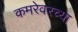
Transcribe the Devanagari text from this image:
कमरेवरच्या